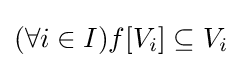
(\forall i\in I)f[V_{i}]\subseteq V_{i}